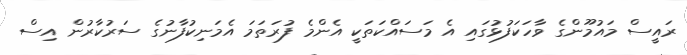
ރައީސް މައުމޫންގެ ވާހަކަފުޅުގައި އެ މަސައްކަތަކީ އެންމެ ފުރަތަމަ އެމަނިކުފާނުގެ ސަރުކާރުން އިސް